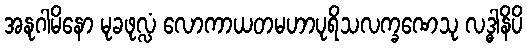
အနုဂါမိနော မုခဖုလ္လံ လောကာယတမဟာပုရိသလက္ခဏေသု လဒ္ဓါနိပိ